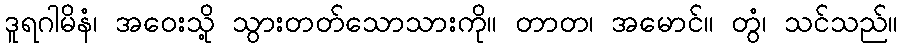
ဒူရဂါမိနံ၊ အဝေးသို့ သွားတတ်သောသားကို။ တာတ၊ အမောင်။ တွံ၊ သင်သည်။